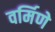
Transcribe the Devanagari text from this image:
वर्मिणे